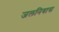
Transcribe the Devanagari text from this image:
जलनिवास